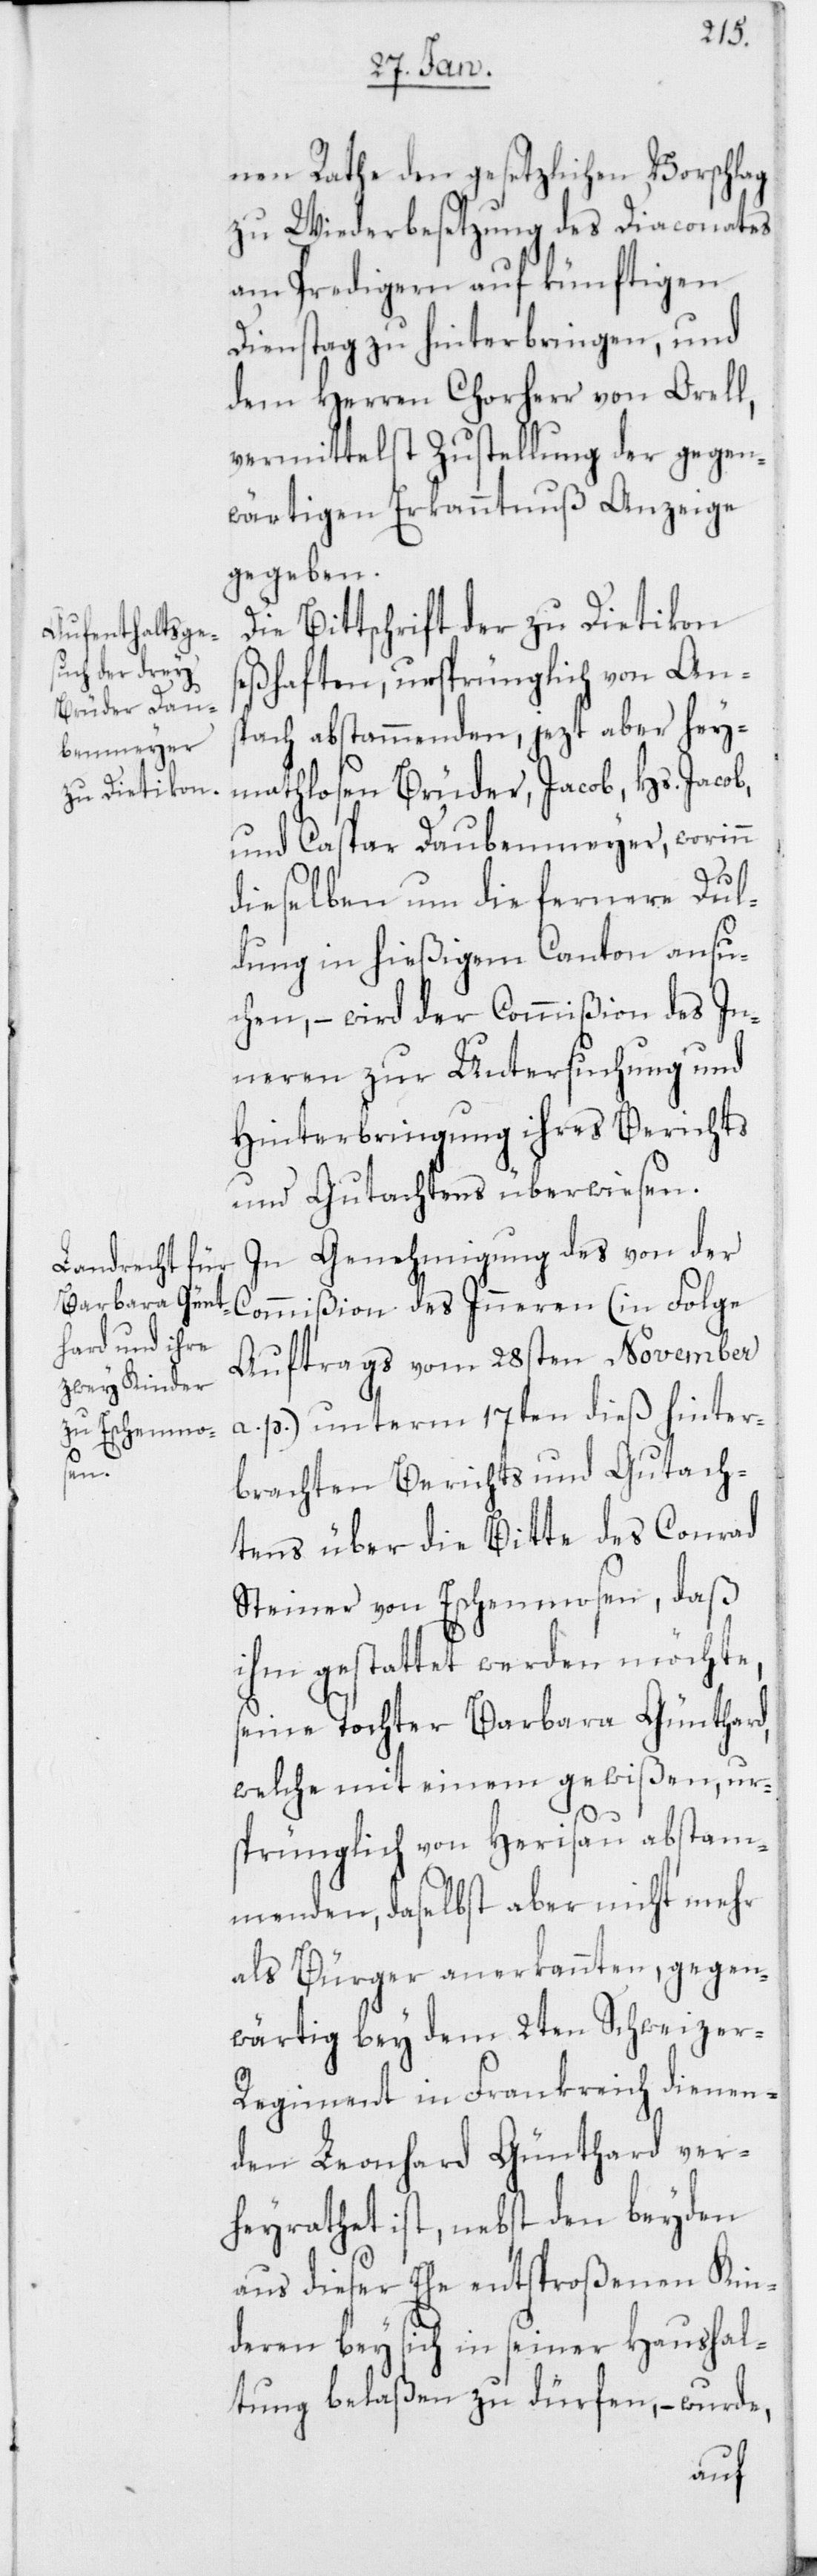
nen Rathe den gesetzlichen Vorschlag
zu Wiederbesetzung des Diaconates
am Predigern auf künftigen
Dienstag zu hinterbringen, und
dem Herren Chorherr von Orell,
vermittelst Zustellung der gegen¬
wärtigen Erkanntnuß Anzeige
gegeben.
Die Bittschrift der zu Dietikon
seßhaften, ursprünglich von Ans¬
pach abstammenden, jezt aber hey¬
mathlosen Brüder, Jacob, Hs. Jacob,
und Caspar Daubenmeyer, worinn
dieselben um die fernere Dul¬
dung in hießigem Canton ansu¬
chen, – wird der Commißion des In¬
neren zur Untersuchung und
Hinterbringung ihres Berichts
und Gutachtens überwiesen.
In Genehmigung des von der
Commißion des Inneren (in Folge
Auftrags vom 28sten November
a. p.) unterm 17ten dieß hinter¬
brachten Berichts und Gutach¬
tens über die Bitte des Conrad
Steiner von Eschenmosen, daß
ihm gestattet werden möchte,
seine Tochter Barbara Günthard,
welche mit einem gewißen, urs¬
prünglich von Herisau abstam¬
menden, daselbst aber nicht mehr
als Bürger anerkannten, gegen¬
wärtig bey dem 2ten Schweizer-R¬
egiment in Frankreich dienen¬
den Leonhard Günthard ver¬
heyrathet ist, nebst den beyden
aus dieser Ehe entsproßenen Kin¬
deren bey sich in seiner Haushal¬
tung belaßen zu dürfen, – wurde